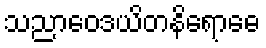
သညာဝေဒယိတနိရောဓေ